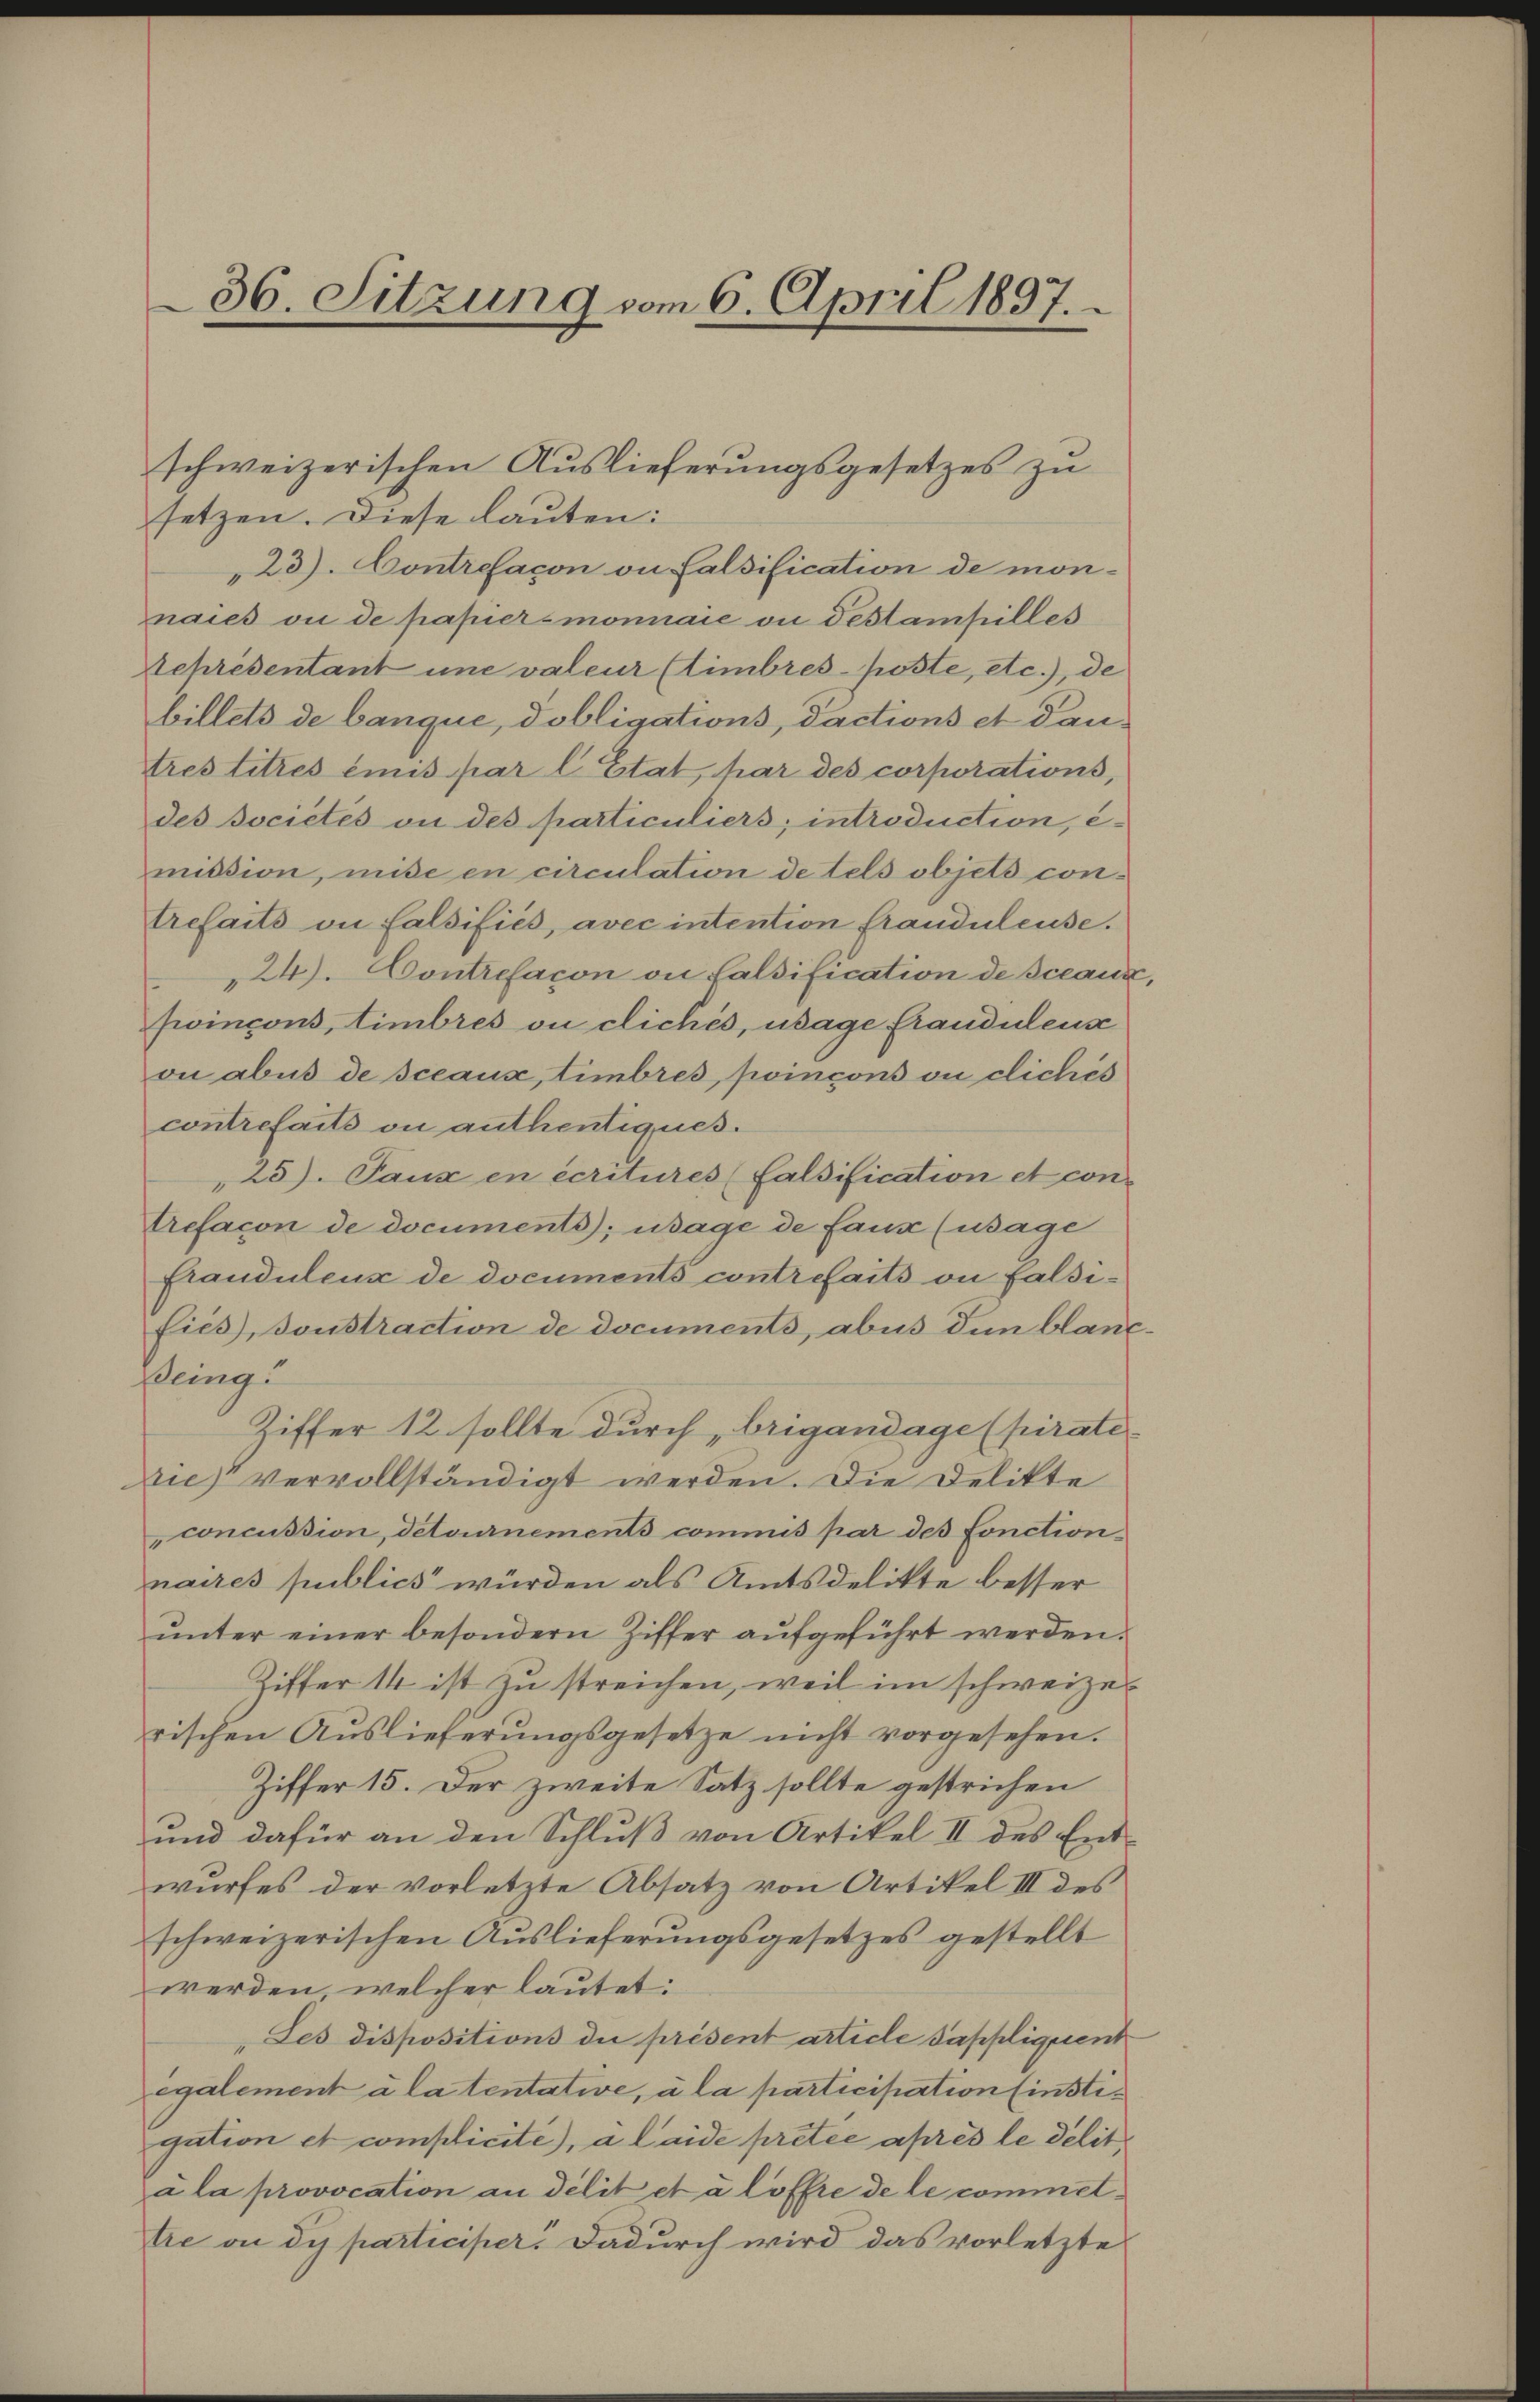
36. Sitzung vom 6. April 1897.

schweizerischen Auslieferungsgesetzes zu
setzen. Diese lauten:
23). Contrefacon on Calsification de mon-
naies ou de papiermonnaie vi destampilles
Sepresentant une valeur (timbres-poste, etc.), de
billets de banque, Pobligations, dactions et Pau-
tres titres émis par l. Etat, har des corporations,
des societés on des particuliers; introduction, e
mission, mise en circulation de tels objets con-
trefaits an Falsifiés, avec intention frauduleuse.
24). Contrefacon an Falsification de Sceaus
foincons, timbres ou cliches, wage frauduleuse
on abus de sceaux, timbres, poincons ou cliches
contrefaits ou authentiques.
25). Paux en écritures (Falsification et con-
trefacon de documents); usage de faux (usage
Frauduleux de documents contrefaits ou falsifiés), sonstraction de documents, abus den blanc
Being
Ziffer 12 sollte durch „brigandage (pirate
Die vervollständigt werden. Die Delikte
concussion, detournements commis par des fonctionnaires publics würden als Amtsdelikte besser
ŭnter einer besondern Ziffer aŭfgeführt werden.
Ziffer 14 ist zu streichen, weil im schweizerischen Auslieferungsgesetze nicht vorgesehen.
Ziffer 15. Der zweite Satz sollte gestrichen
und dafür an den Schlŭβ von Artikel II des Ent-
wurfes der vorletzte Absatz von Artikel III des
schweizerischen Auslieferungsgesetzes gestellt
werden, welcher lautet:
Les dispositions die présent article Sappliquent
egalement à la tentative, à la participation (instigution et complicite), a laide pretée après le delit
a la provocation an délit et à loffre de le commettre an de participer. Dadurch wird das vorletzte